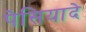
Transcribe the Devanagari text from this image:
पेसियादे